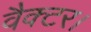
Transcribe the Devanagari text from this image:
वैक्टर।